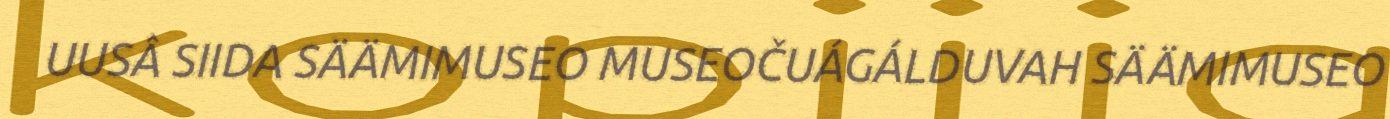
UUSÂ SIIDA SÄÄMIMUSEO MUSEOČUÁGÁLDUVAH SÄÄMIMUSEO